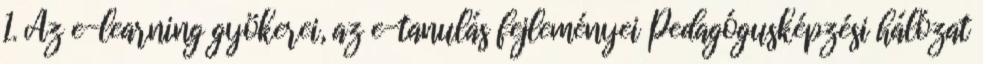
1. Az e-learning gyökerei, az e-tanulás fejleményei Pedagógusképzési hálózat